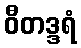
ဝီတဒ္ဒရံ